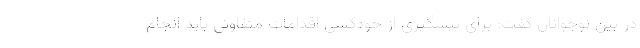
در بین نوجوانان گفت: برای پیشگیری از خودکشی اقدامات متفاوتی باید انجام